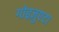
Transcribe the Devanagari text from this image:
गोइज़ुएटा